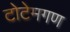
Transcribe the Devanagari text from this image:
टोटेमगण